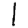
Digit: 1